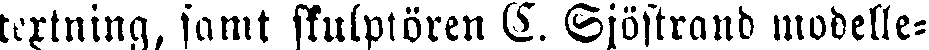
textning, samt skulptören C. Sjöstrand modelle-